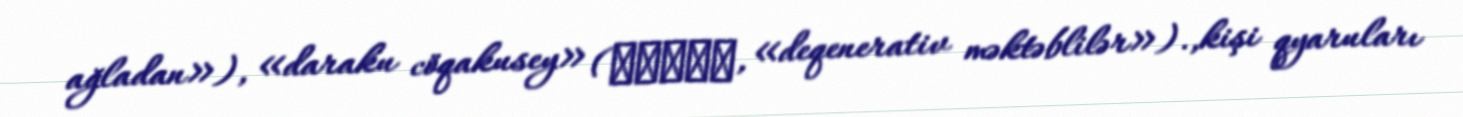
ağladan»), «daraku cöqakusey» (堕落女学生, «deqenerativ məktəblilər»).,kişi qyaruları